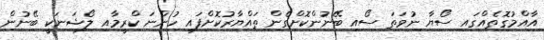
އާއްމުގޮތެއްގައި ސޯޔާ ނުވަތަ ސޯއި ބޭނުންކޮށްގެން ތައްޔާރުކޮށްފައި ހުންނަ ކްރީމާއި ލޯޝަނަކީ ބޭނުން